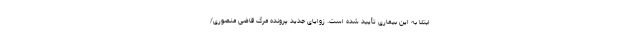
ابتلا به این بیماری تأیید شده است. زوایای جدید پرونده مرگ قاضی منصوری/